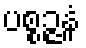
ပစ္စဉ္ဇနံ